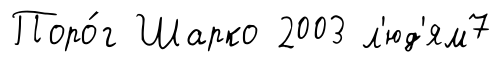
Поро́г Шарко 2003 л'юд'ям7